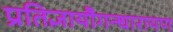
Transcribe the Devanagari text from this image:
प्रतिज्ञायौगन्धारायण